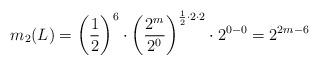
LaTeX: \begin{align*}m_2(L)=\left(\frac{1}{2}\right)^6\cdot \left(\frac{2^m}{2^0}\right)^{\frac{1}{2}\cdot 2\cdot 2}\cdot 2^{0-0}=2^{2m-6}\end{align*}